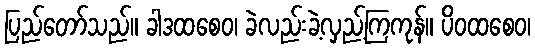
ပြည်တော်သည်။ ခါဒထစေဝ၊ ခဲလည်းခဲ့လှည့်ကြကုန်။ ပိဝထစေဝ၊